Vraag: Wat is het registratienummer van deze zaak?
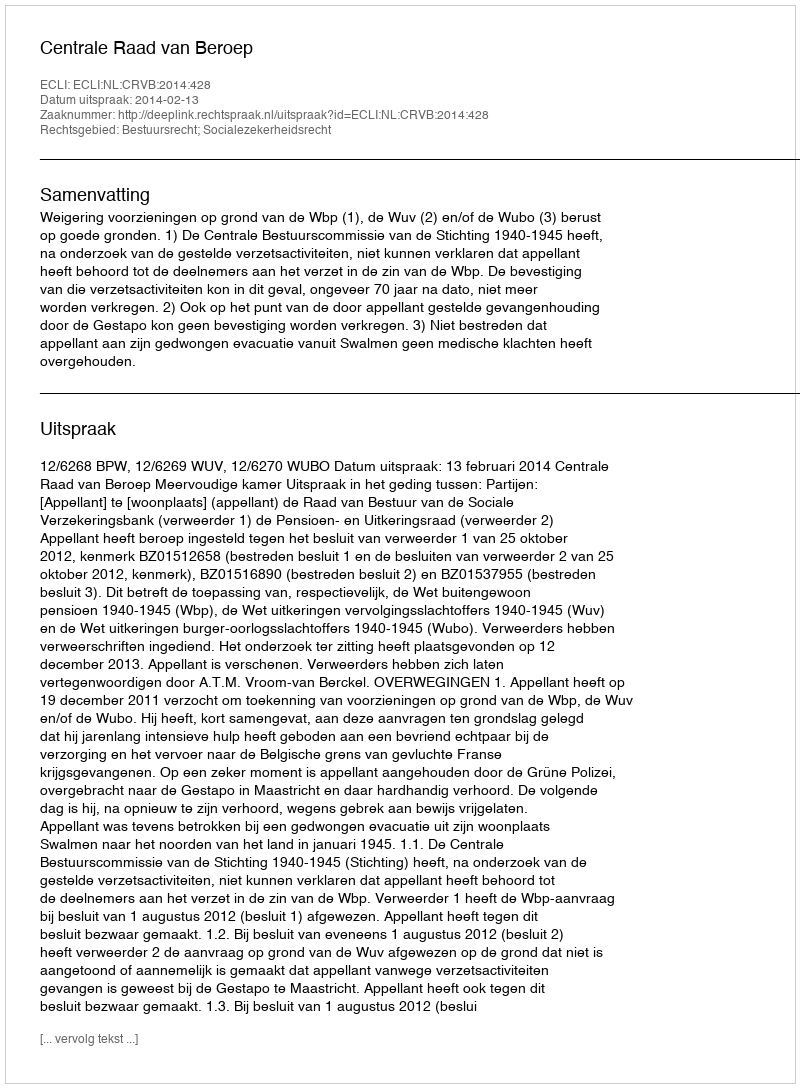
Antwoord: http://deeplink.rechtspraak.nl/uitspraak?id=ECLI:NL:CRVB:2014:428